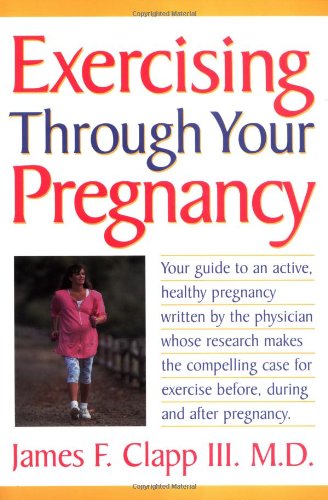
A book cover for Exercising Through Your Pregnancy; James F. Clapp III; Health, Fitness & Dieting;